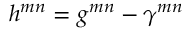
h ^ { m n } = g ^ { m n } - \gamma ^ { m n }